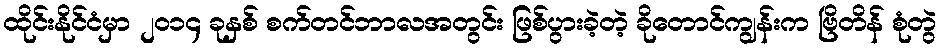
ထိုင်းနိုင်ငံမှာ ၂၀၁၄ ခုနှစ် စက်တင်ဘာလအတွင်း ဖြစ်ပွားခဲ့တဲ့ ခိုတောင်ကျွန်းက ဗြိတိန် စုံတွဲ